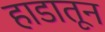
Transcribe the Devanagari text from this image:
हाडातून